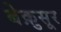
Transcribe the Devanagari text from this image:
बेक़ुसूर